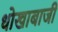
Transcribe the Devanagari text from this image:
धोखाबाजी